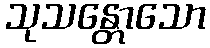
သုသန္တောသော